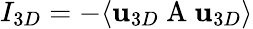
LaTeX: I_{3D}=-\langle\textbf{u}_{3D}\mathrm{~A~}\textbf{u}_{3D}\rangle